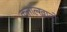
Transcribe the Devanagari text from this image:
कत्ताल्खानो